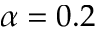
\alpha = 0 . 2